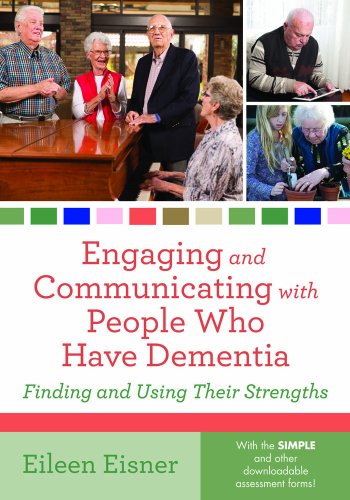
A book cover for Engaging and Communicating with People Who Have Dementia; Eileen Eisner CCC-SLP; Medical Books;